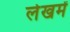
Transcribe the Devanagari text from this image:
लेखमें